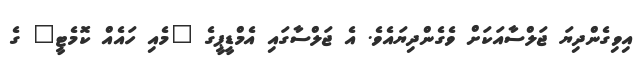
އިވިގެންދިޔަ ޖަލްސާއަކަށް ވެގެންދިޔައެވެ. އެ ޖަލްސާގައި އެމްޑީޕީގެ "މެއި ހައެއް ކޮމެޓީ" ގެ